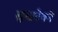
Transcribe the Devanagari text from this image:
सुखदेवने